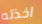
اخذته